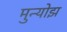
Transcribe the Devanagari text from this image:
मुन्योझ